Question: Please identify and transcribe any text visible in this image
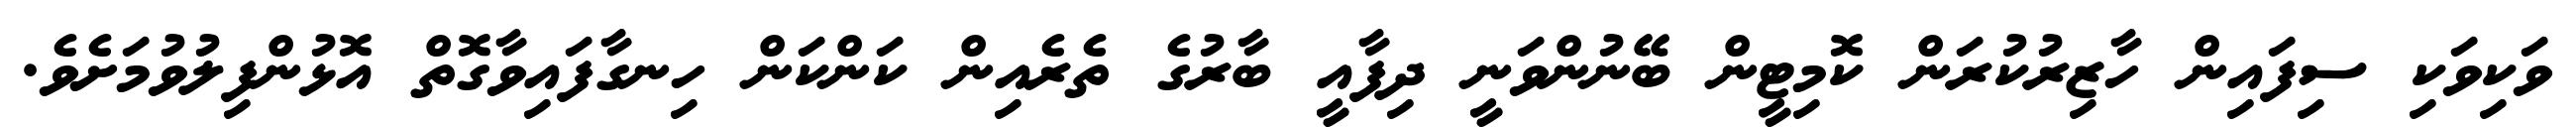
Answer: ވަކިވަކި ސިފައިން ހާޒިރުކުރަން ކޮމިޓީން ބޭނުންވަނީ ދިފާއީ ބާރުގެ ތެރެއިން ކަންކަން ހިނގާފައިވާގޮތް އޮޅުންފިލުވުމަށެވެ.